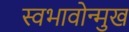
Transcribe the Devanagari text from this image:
स्वभावोन्मुख